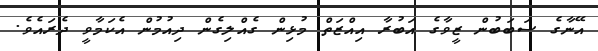
އޭނާގެ ސަބަބުން ޒީވާގެ އަބުރާ އިއްޒަތް މުޅިން ގެއްލިގެން ދިއުމުން އެކަމާވީ ދެރައެވެ.